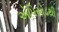
એપિસોડથી